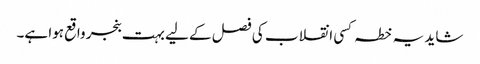
شاید یہ خطہ کسی انقلاب کی فصل کے لیے بہت بنجر واقع ہوا ہے۔